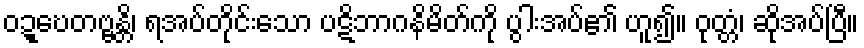
ဝဍ္ဎေတဗ္ဗန္တိ၊ ရအပ်တိုင်းသော ပဋိဘာဂနိမိတ်ကို ပွါးအပ်၏ ဟူ၍။ ဝုတ္တံ၊ ဆိုအပ်ပြီ။